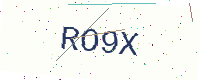
Text: RO9X